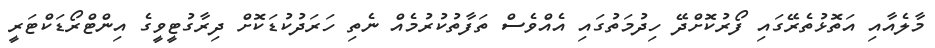
މާލެއާއި އަތޮޅުތެރޭގައި ފޯރުކޮށްދޭ ހިދުމަތުގައި އެއްވެސް ތަފާތުކުރުމެއް ނެތި ހަރަދުކުޑަކޮށް ދިރާގުޓީވީގެ އިންޓްރޯޑަކްޓަރީ